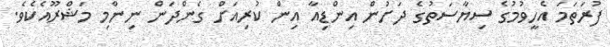
ފުރަތަމަ އެހީވުމުގެ ސިޔާސަތުގެ ދަށުން އިންޑިއާ އިން ކުރިއަށް ގެންދަން ނިންމި މަޝްރޫއެކެވެ.